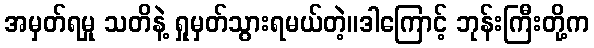
အမှတ်ရမှု သတိနဲ့ ရှုမှတ်သွားရမယ်တဲ့။ဒါကြောင့် ဘုန်းကြီးတို့က